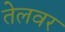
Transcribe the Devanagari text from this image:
तेलवर